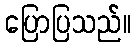
ပြောပြသည်။